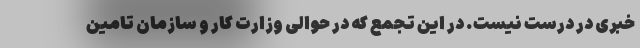
خبری در درست نیست. در این تجمع که در حوالی وزارت کار و سازمان تامین